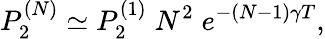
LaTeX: P_{2}^{(N)}\simeq P_{2}^{(1)}\; N^{2}\; e^{-(N-1)\gamma T},